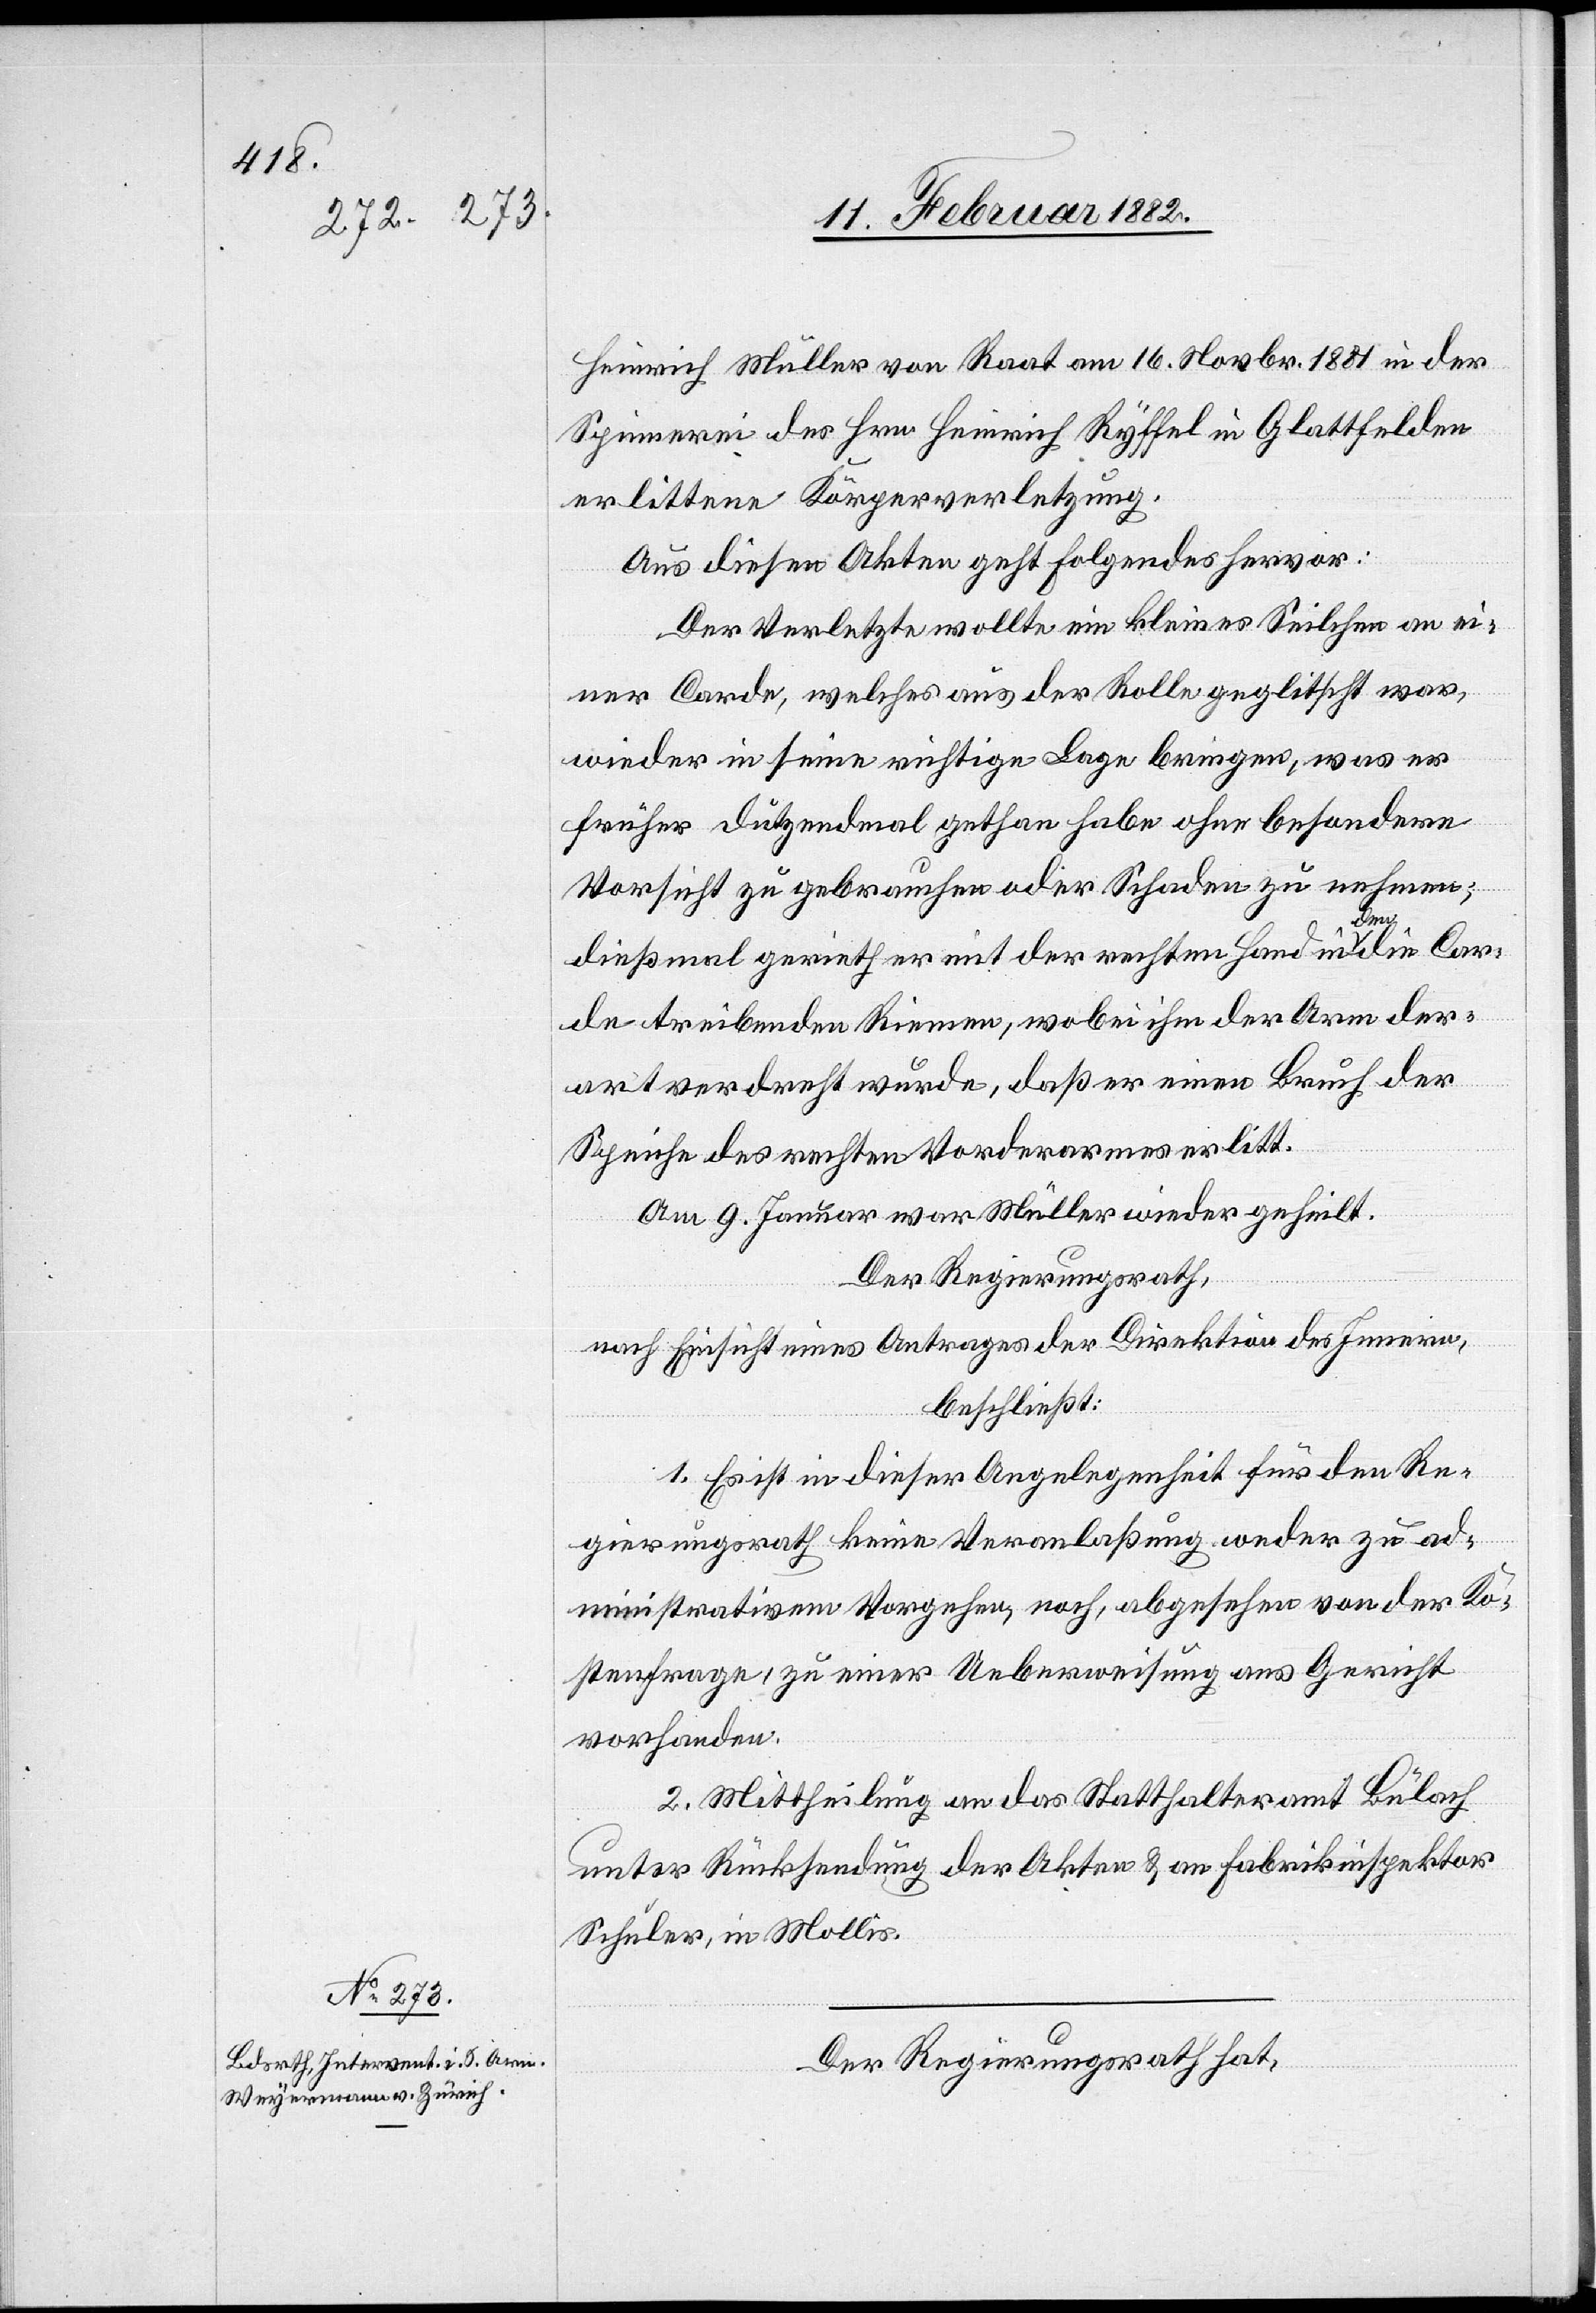
13. Februar 1882]
Heinrich Müller von Raat am 16. Novbr. 1881 in der
Spinnerei des Hrn. Heinrich Ryffel in Glattfelden
erlittene Körperverletzung.
Aus diesen Akten geht Folgendes hervor:
Der Verletzte wollte ein kleines Seilchen an ei¬
ner Corde, welches aus der Rolle geglitscht war,
wieder in seine richtige Lange bringen, was er
früher Dutzendmal gethan habe ohne besondere
Vorsicht zu gebrauchen oder Schaden zu nehmen;
dießmal gerieth er mit der rechten Hand in den die Cor¬
de treibenden Riemen, wobei ihm der Arm der¬
art verdreht wurde, daß er einen Bruch der
Speiche des rechten Vorderarmes erlitt.
Am 9. Januar war Müller wieder geheilt.
Der Regierungsrath,
nach Einsicht eines Antrages der Direktion des Innern,
beschließt:
1. Es ist in dieser Angelegenheit für den Re¬
gierungsrath keine Veranlaßung weder zu ad¬
ministrativen Vorgehen, noch, abgesehen von der Ko¬
stenfrage, zu einer Ueberweisung ans Gericht
vorhanden.
2. Mittheilung an das Statthalteramt Bülach
unter Rücksendung der Akten & an Fabrikinspektor
Schuler, in Mollis.
Der Regierungsrath hat,